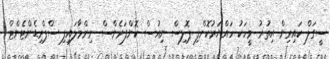
ސީގަލް ކައިރިން އިތުރު މީހަކު ހައްޔަރުކޮށްފި ޕޮލިސް ނިއުސް ކޮންފަރެންސް ނިންމާލައިފި ސްޕްރިޑެންޓެންޓް